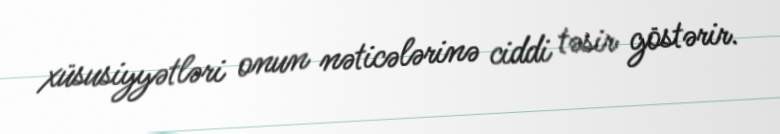
xüsusiyyətləri onun nəticələrinə ciddi təsir göstərir.